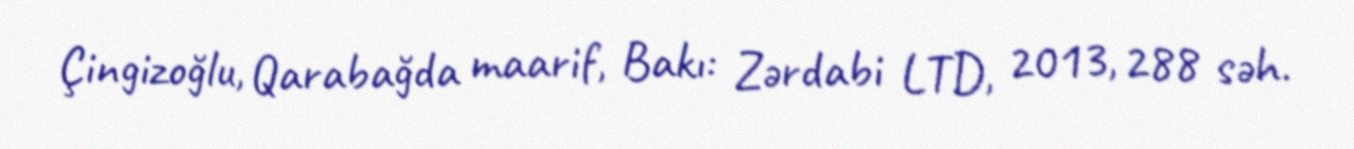
Çingizoğlu, Qarabağda maarif, Bakı: Zərdabi LTD, 2013, 288 səh.